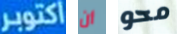
اكتوبر أن محو